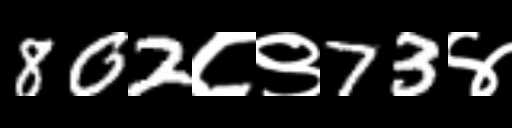
Text: 802८९73४